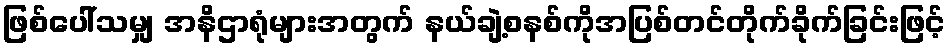
ဖြစ်ပေါ်သမျှ အနိဌာရုံများအတွက် နယ်ချဲ့စနစ်ကိုအပြစ်တင်တိုက်ခိုက်ခြင်းဖြင့်